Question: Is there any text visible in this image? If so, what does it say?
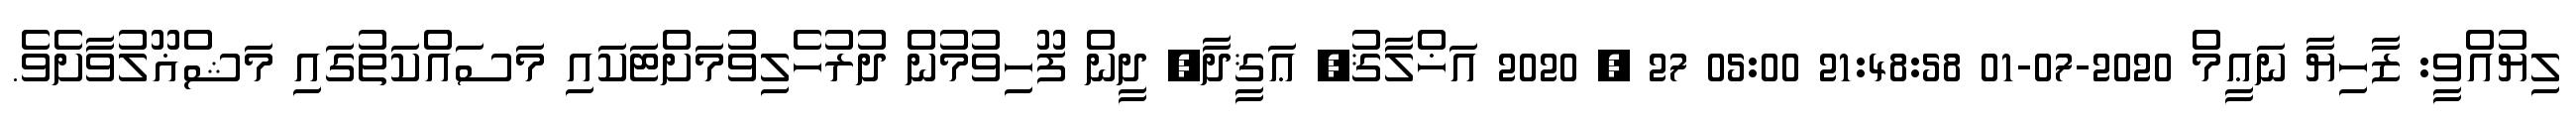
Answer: ލިޔުއްވީ: ޒާހިޔާ ނަޢީމް 2020-07-01 21:48:58 05:00 27 , 2020 އަޚްލާޤު, ޢަޤީދާ, ދީން ފޫހިވުމުން ދުރުހެލިވުމަށްޓަކައި މަސައްކަތުގައި މަޝްޣޫލުވާށެވެ.